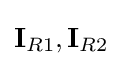
\mathbf {I} _{R1},\mathbf {I} _{R2}